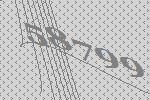
58799